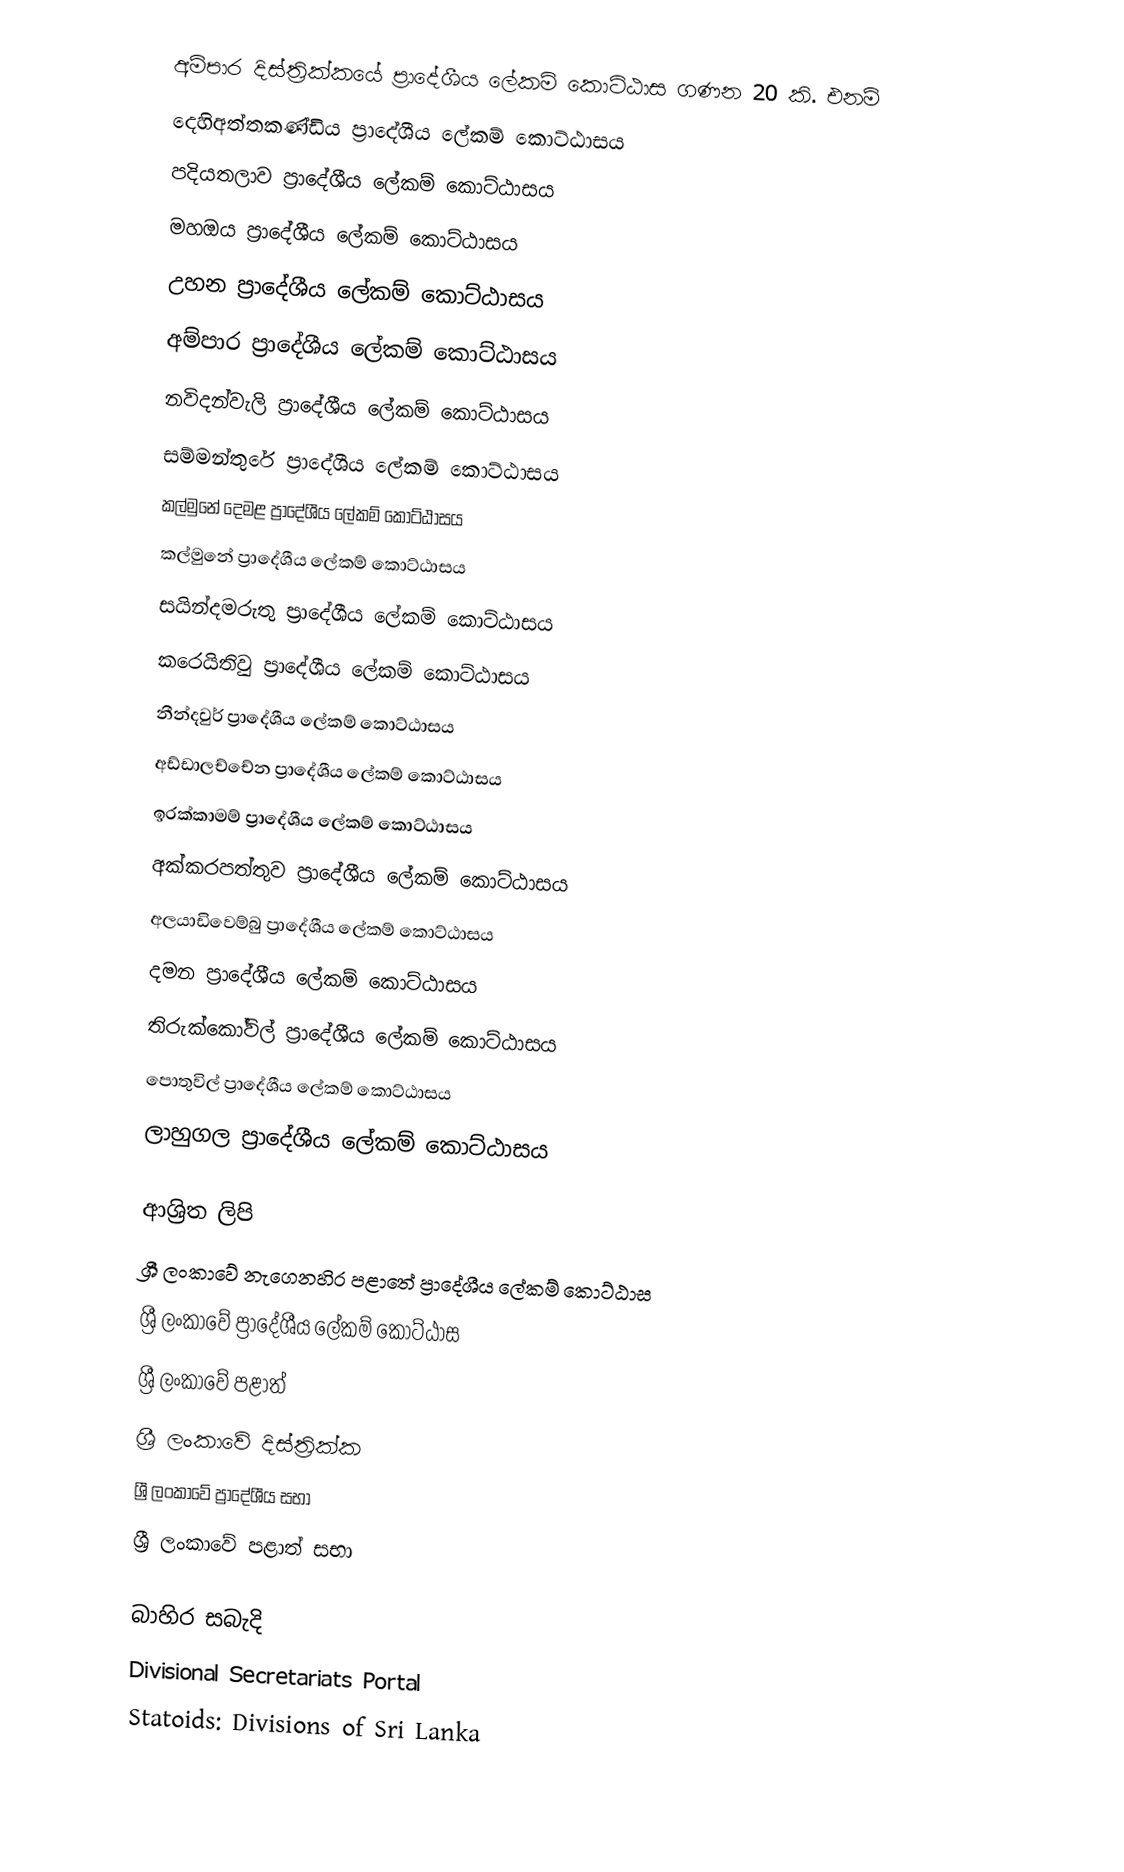
අම්පාර දිස්ත්‍රික්කයේ ප්‍රාදේශීය ලේකම් කොට්ඨාස ගණන 20 කි. එනම්
 දෙහිඅත්තකණ්ඩිය ප්‍රාදේශීය ලේකම් කොට්ඨාසය
 පදියතලාව ප්‍රාදේශීය ලේකම් කොට්ඨාසය
 මහඔය ප්‍රාදේශීය ලේකම් කොට්ඨාසය
 උහන ප්‍රාදේශීය ලේකම් කොට්ඨාසය
 අම්පාර ප්‍රාදේශීය ලේකම් කොට්ඨාසය
 නවිදන්වැලි ප්‍රාදේශීය ලේකම් කොට්ඨාසය
 සම්මන්තුරේ ප්‍රාදේශීය ලේකම් කොට්ඨාසය
 කල්මුනේ දෙමළ ප්‍රාදේශීය ලේකම් කොට්ඨාසය
 කල්මුනේ ප්‍රාදේශීය ලේකම් කොට්ඨාසය
 සයින්දමරුතු ප්‍රාදේශීය ලේකම් කොට්ඨාසය
 කරෙයිතිවු ප්‍රාදේශීය ලේකම් කොට්ඨාසය
 නීන්දවුර් ප්‍රාදේශීය ලේකම් කොට්ඨාසය
 අඩ්ඩාලච්චේන ප්‍රාදේශීය ලේකම් කොට්ඨාසය
 ඉරක්කාමම් ප්‍රාදේශීය ලේකම් කොට්ඨාසය
 අක්කරපත්තුව ප්‍රාදේශීය ලේකම් කොට්ඨාසය
 අලයාඩිවෙම්බු ප්‍රාදේශීය ලේකම් කොට්ඨාසය
 දමන ප්‍රාදේශීය ලේකම් කොට්ඨාසය
 තිරුක්කෝවිල් ප්‍රාදේශීය ලේකම් කොට්ඨාසය
 පොතුවිල් ප්‍රාදේශීය ලේකම් කොට්ඨාසය
 ලාහුගල ප්‍රාදේශීය ලේකම් කොට්ඨාසය

ආශ්‍රිත ලිපි
 ශ්‍රී ලංකාවේ නැගෙනහිර පළාතේ ප්‍රාදේශීය ලේකම් කොට්ඨාස
 ශ්‍රී ලංකාවේ ප්‍රාදේශීය ලේකම් කොට්ඨාස
 ශ්‍රී ලංකාවේ පළාත්
 ශ්‍රී ලංකාවේ දිස්ත්‍රික්ක
 ශ්‍රී ලංකාවේ ප්‍රාදේශීය සභා
 ශ්‍රී ලංකාවේ පළාත් සභා

බාහිර සබැදි
 Divisional Secretariats Portal
 Statoids: Divisions of Sri Lanka